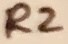
Text: R2